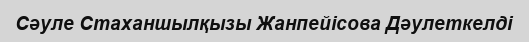
Сәуле Стаханшылқызы Жанпейісова Дәулеткелді